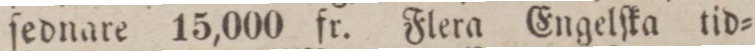
ſednare 15,000 fr. Flera Engelſka tid=